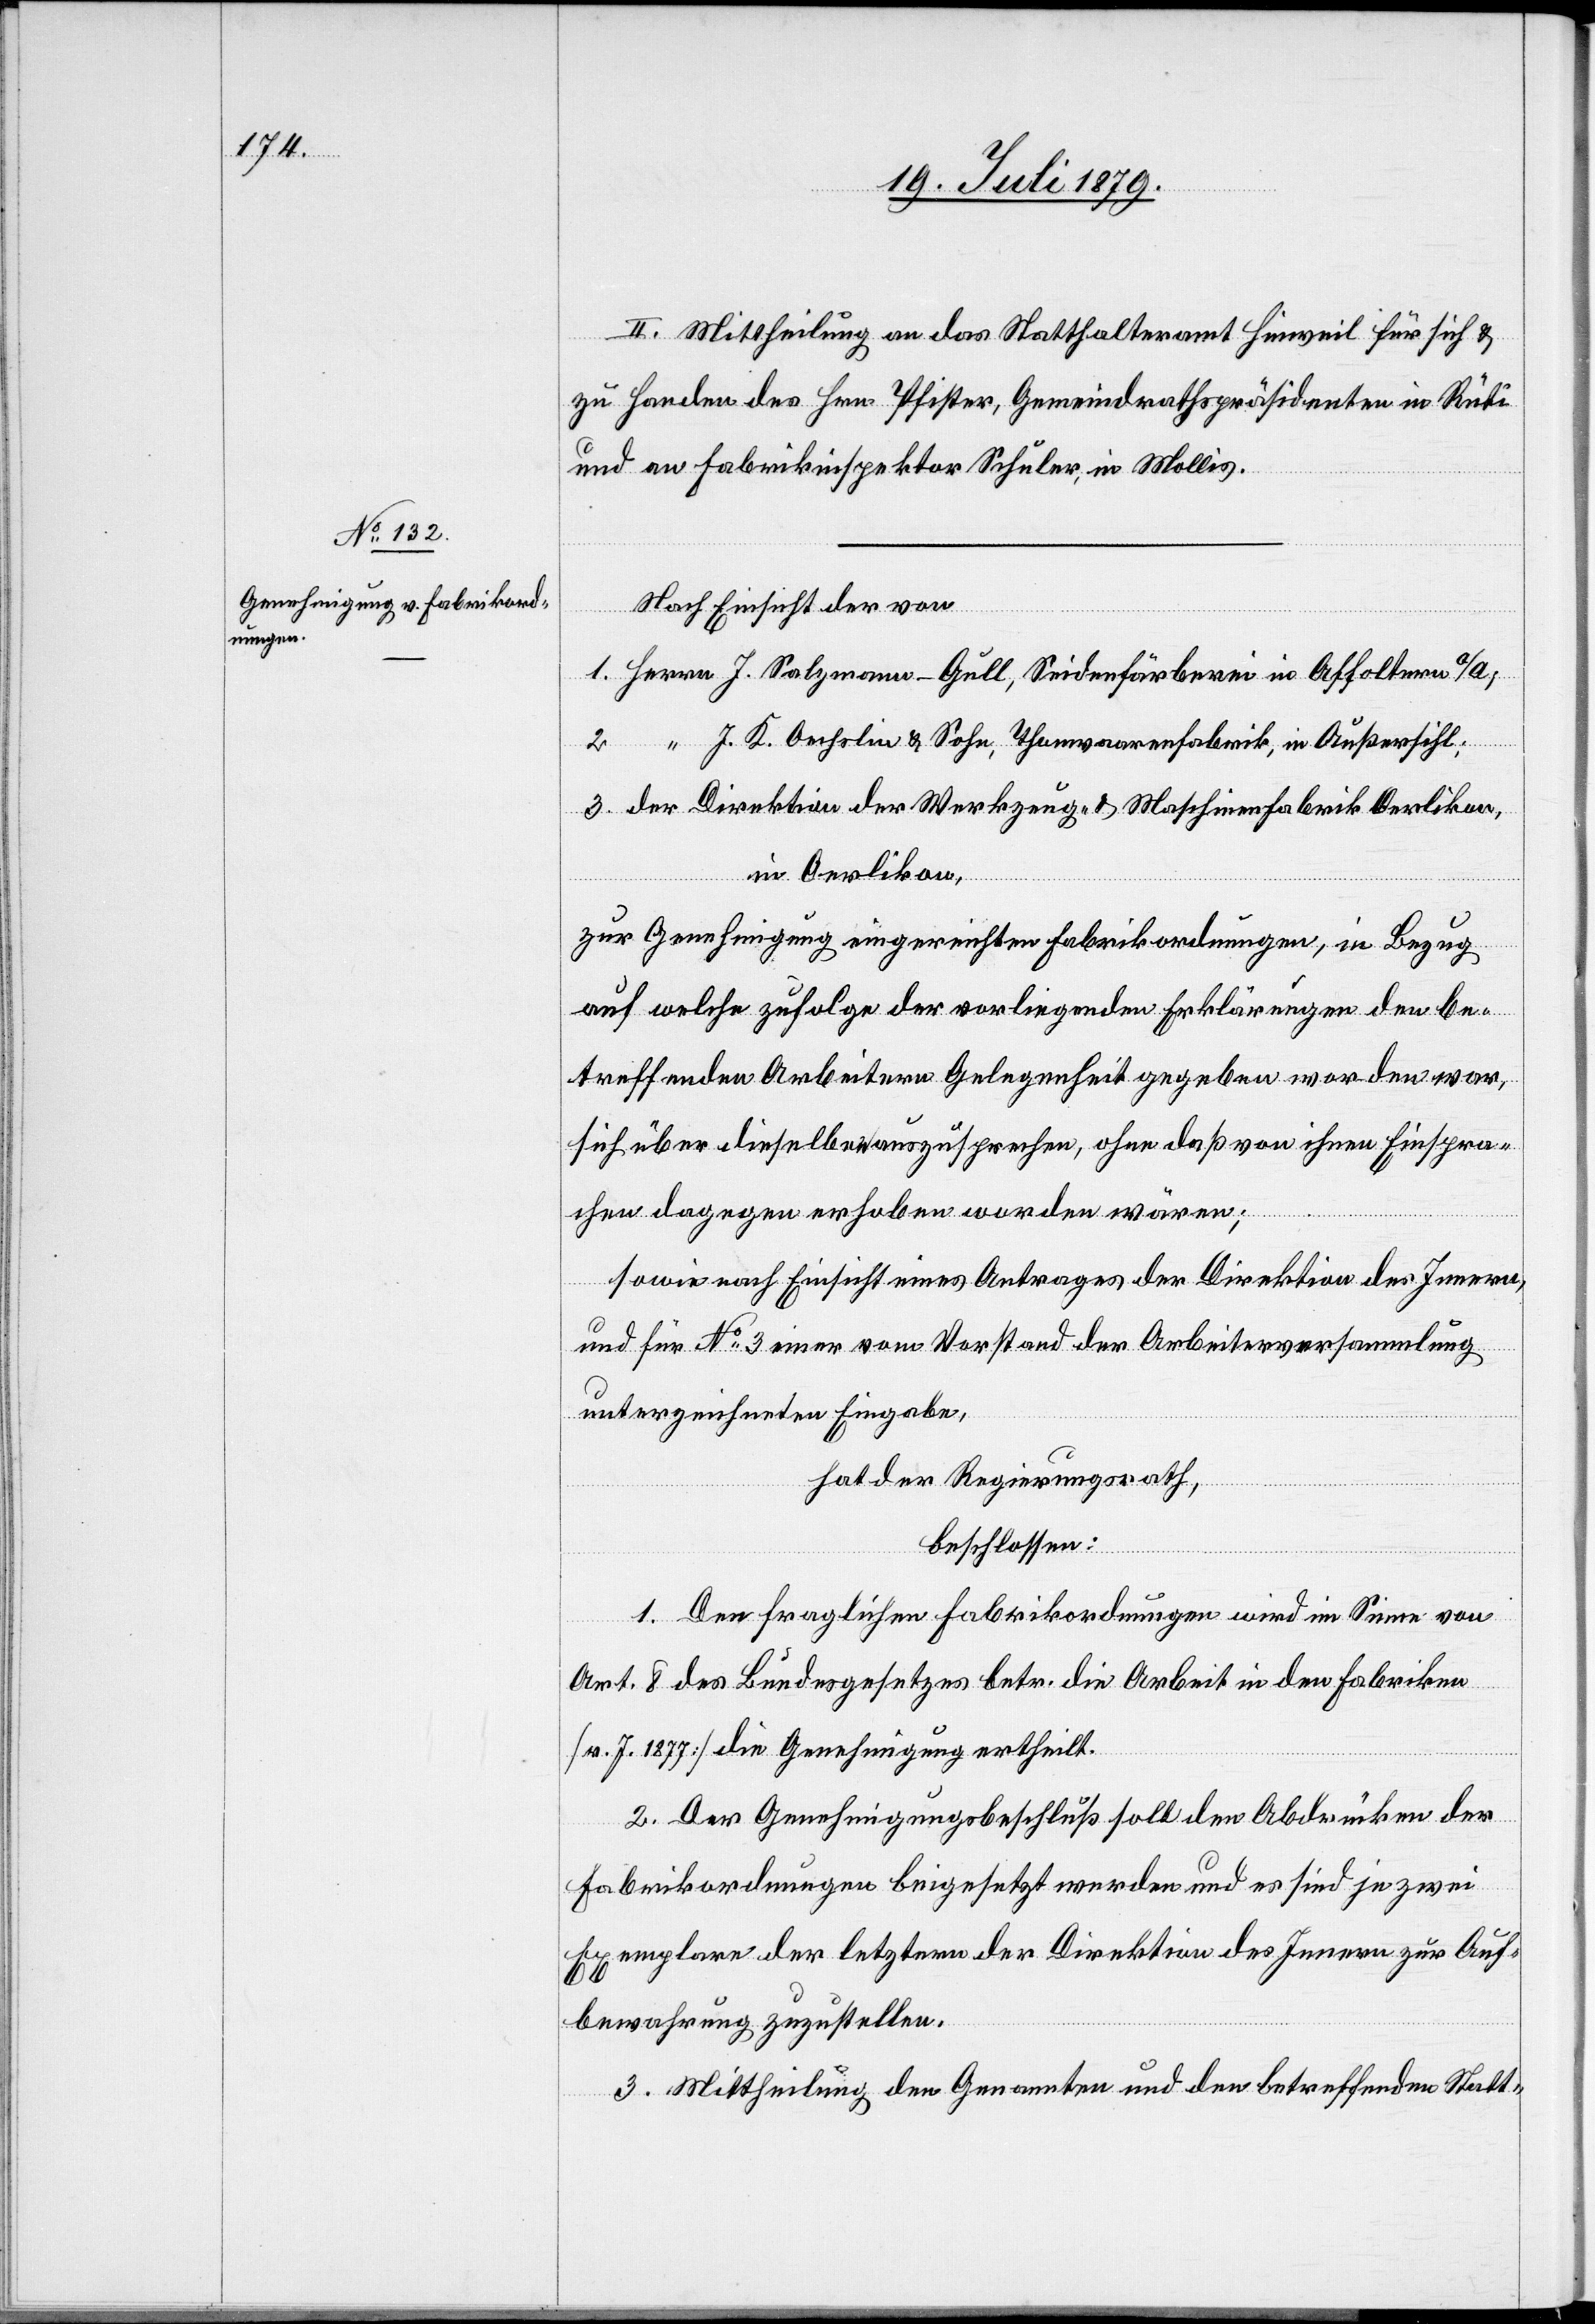
II. Mittheilung an das Statthalteramt Hinweil für sich &
zu Handen des Hrn. Pfister, Gemeindrathspräsidenten in Rüti
und an Fabrikinspektor Schuler, in Mollis.
Nach Einsicht der von
1. Herrn J. Salzmann-Gull, Seidenfärberei in Affoltern a/A;
J. K. Oechslin & Sohn, Thonwaarenfabrik, in Außersihl;
2.
3. der Direktion der Werkzeug- & Maschinenfabrik Oerlikon,
in Oerlikon,
zur Genehmigung eingereichten Fabrikordnungen, in Bezug
auf welche zufolge der vorliegenden Erklärungen den be¬
treffenden Arbeitern Gelegenheit gegeben worden war,
sich über dieselben auszusprechen, ohne daß von ihnen Einspra¬
chen dagegen erhoben worden wären;
sowie nach Einsicht eines Antrages der Direktion des Innern,
und für No 3 einer vom Vorstand der Arbeiterversammlung
unterzeichneten Eingabe,
hat der Regierungsrath,
beschlossen:
1. Den fraglichen Fabrikordnungen wird im Sinne von
Art. 8 des Bundesgesetzes betr. die Arbeit in den Fabriken
[v. J. 1877] die Genehmigung ertheilt.
2. Der Genehmigungsbeschluß soll den Abdrücken der
Fabrikordnungen beigesetzt werden und es sind je zwei
Exemplare der letztern der Direktion des Innern zur Auf¬
bewahrung zuzustellen.
3. Mittheilung den Genannten und den betreffenden Statt-